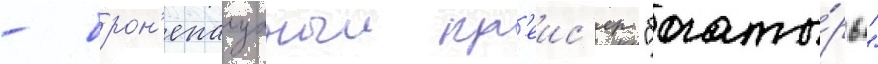
- брон'епалубныи кр'еис'ер "богаты́рь"